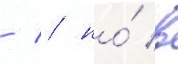
/ / но́ в